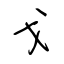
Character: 戈